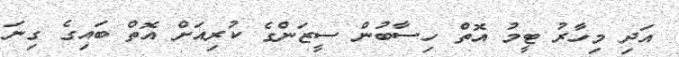
އަދި މިހާރު ޓީމު އޮތް ހިސާބުން ސީޒަންްގެ ކުރިއަށް އޮތް ބައިގެ ގިނަ